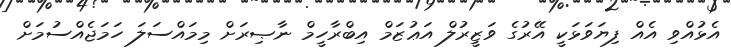
އެޅުއްވި އެއް ފިޔަވަޅަކީ އޭރުގެ ވަޒީރުލް އަޢުޒަމް އިބްރާހީމް ނާޞިރަށް މިމައްސަލަ ހަމަޖެއްސުމަށް